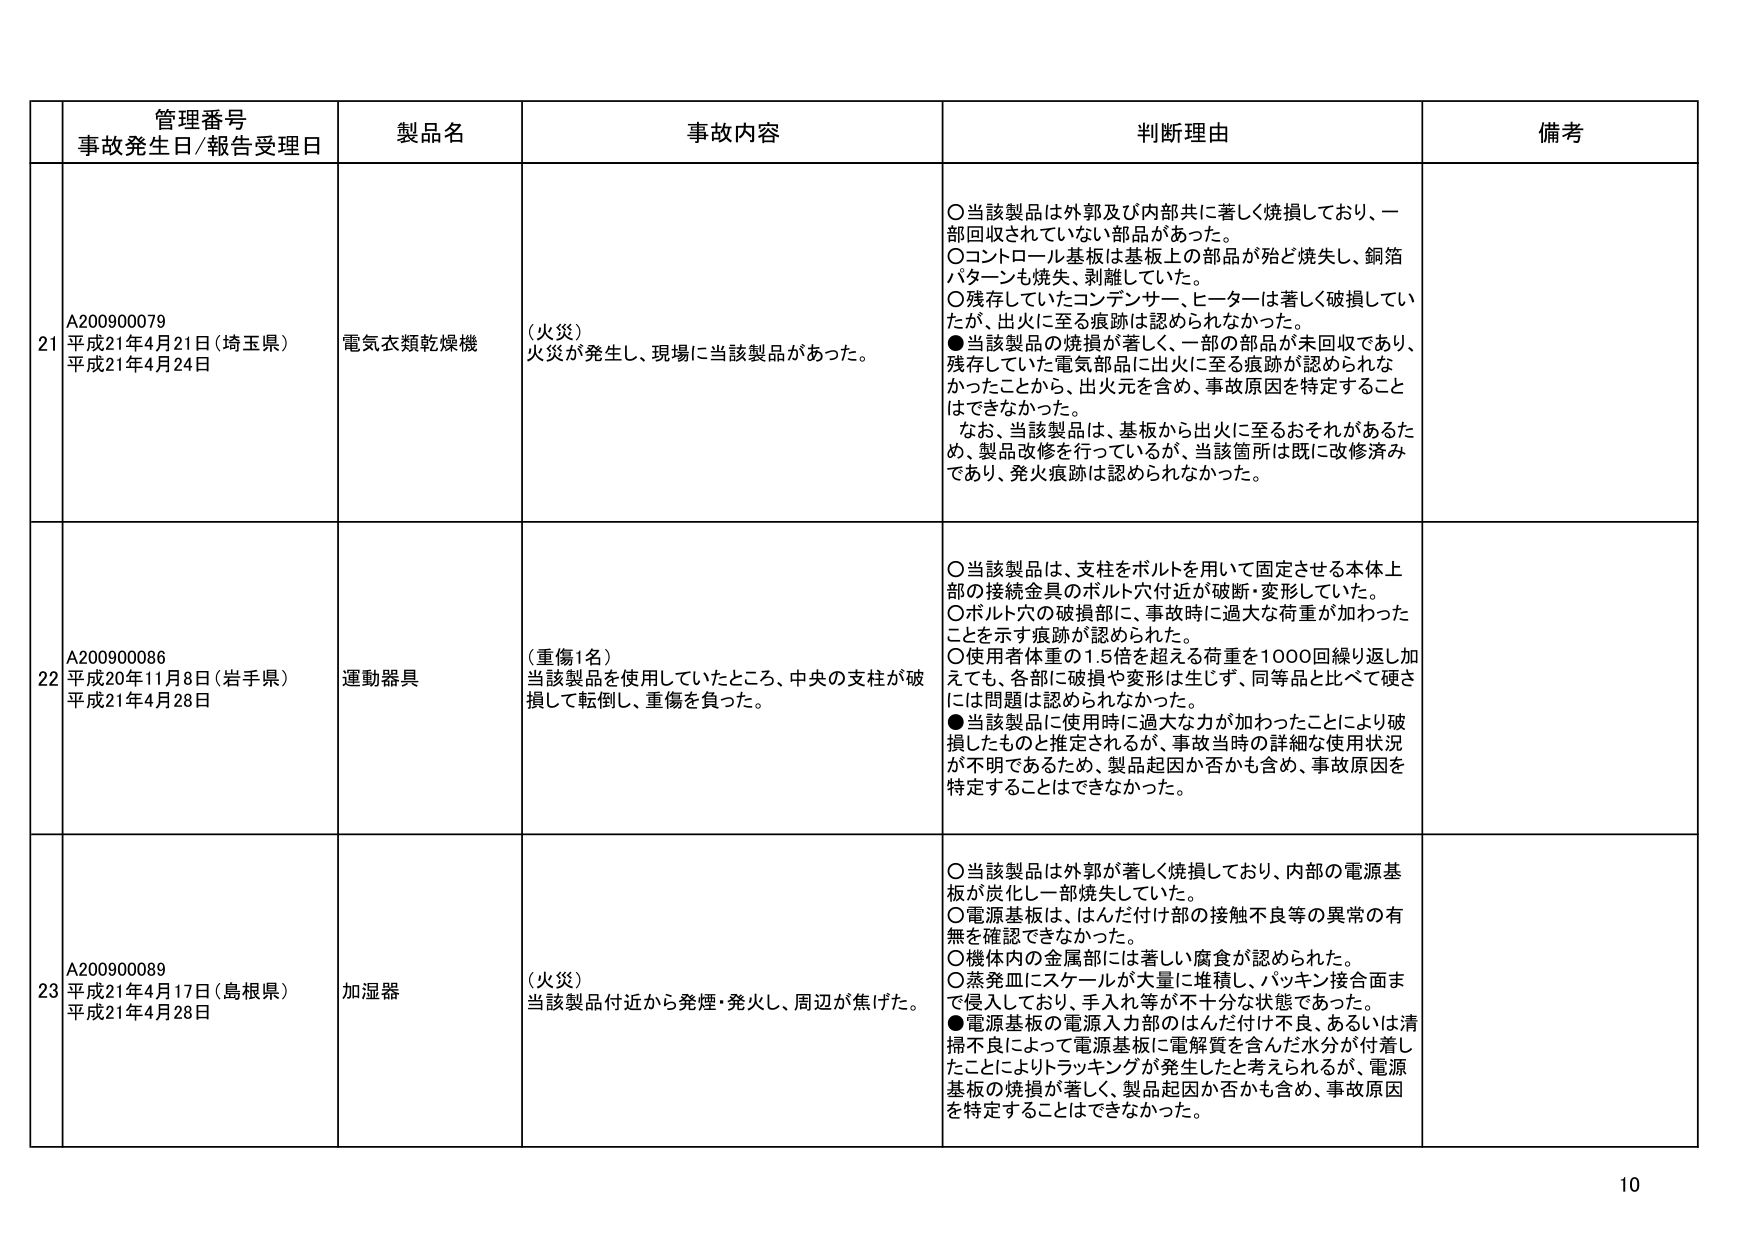
管理番号
事故発生日/報告受理日
製品名
事故内容
判断理由
備考

21
A200900079
平成21年4月21日（埼玉県）
平成21年4月24日
電気衣類乾燥機
（火災）
火災が発生し、現場に当該製品があった。
○当該製品は外郭及び内部共に著しく焼損しており、一部回収されていない部品があった。
○コントロール基板は基板上の部品が殆ど焼失し、銅箔パターンも焼失、剥離していた。
○残存していたコンデンサー、ヒーターは著しく破損していたが、出火に至る痕跡は認められなかった。
●当該製品の焼損が著しく、一部の部品が未回収であり、残存していた電気部品に出火に至る痕跡が認められなかったことから、出火元を含め、事故原因を特定することはできなかった。
なお、当該製品は、基板から出火に至るおそれがあるため、製品改修を行っているが、当該箇所は既に改修済みであり、発火痕跡は認められなかった。

22
A200900086
平成20年11月8日（岩手県）
平成21年4月28日
運動器具
（重傷1名）
当該製品を使用していたところ、中央の支柱が破損して転倒し、重傷を負った。
○当該製品は、支柱をボルトを用いて固定させる木体上部の接続金具のボルト穴付近が破断・変形していた。
○ボルト穴の破損部に、事故時に過大な荷重が加わったことを示す痕跡が認められた。
○使用者体重の1.5倍を超える荷重を1000回繰り返し加えても、各部に破損や変形は生じず、同等品と比べて硬さには問題は認められなかった。
●当該製品に使用時に過大な力が加わったことにより破損したものと推定されるが、事故当時の詳細な使用状況が不明であるため、製品起因か否かも含め、事故原因を特定することはできなかった。

23
A200900089
平成21年4月17日（島根県）
平成21年4月28日
加湿器
（火災）
当該製品付近から発煙・発火し、周辺が焦げた。
○当該製品は外郭が著しく焼損しており、内部の電源基板が炭化し一部焼失していた。
○電源基板は、はんだ付け部の接触不良等の異常の有無を確認できなかった。
○機体内の金属部には著しい腐食が認められた。
○蒸発皿にスケールが大量に堆積し、パッキン接合面まで侵入しており、手入れ等が不十分な状態であった。
●電源基板の電源入力部のはんだ付け不良、あるいは清掃不良によって電源基板に電解質を含んだ水分が付着したことによりトラッキングが発生したと考えられるが、電源基板の焼損が著しく、製品起因か否かも含め、事故原因を特定することはできなかった。

10